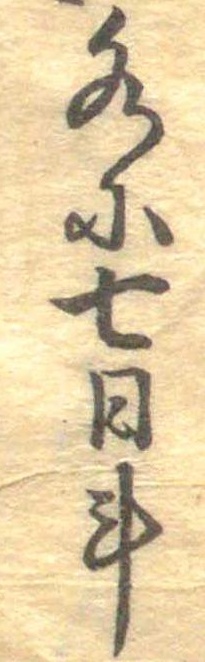
水に七日計